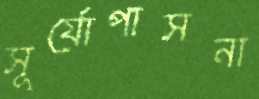
সূর্যোপাসনা